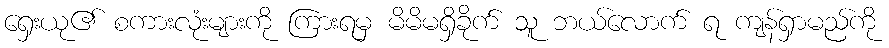
ရှေးယု၏ စကားလုံးများကို ကြားရမှ မိမိမရှိခိုက် သူ ဘယ်လောက် ရ ကျန်ရှာမည်ကို